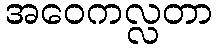
အဝေကလ္လတာ